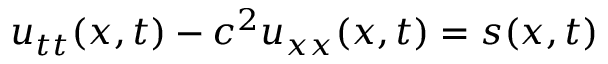
u _ { t t } ( x , t ) - c ^ { 2 } u _ { x x } ( x , t ) = s ( x , t )